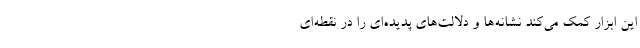
این ابزار کمک می‌کند نشانه‌ها و دلالت‌های پدیده‌ای را در نقطه‌ای